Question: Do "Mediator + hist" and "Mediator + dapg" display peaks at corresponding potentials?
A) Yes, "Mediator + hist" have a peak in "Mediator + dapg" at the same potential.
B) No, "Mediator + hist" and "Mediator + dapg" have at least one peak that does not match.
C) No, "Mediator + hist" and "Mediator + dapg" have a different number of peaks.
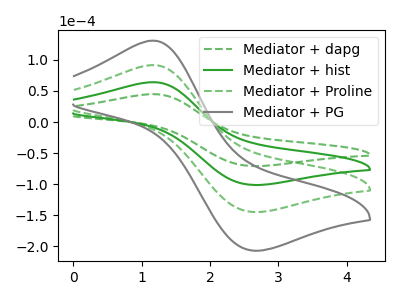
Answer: <think>The green dashed curve "Mediator + dapg" has an anodic peak at (1.15V, 44.85uA) and a cathodic peak at (2.60V, -70.90uA). The green curve "Mediator + hist" has an anodic peak at (1.15V, 64.15uA) and a cathodic peak at (2.60V, -101.35uA). The green dashed curve "Mediator + Proline" has an anodic peak at (1.15V, 128.25uA) and a cathodic peak at (2.60V, -202.70uA). The gray curve "Mediator + PG" has an anodic peak at (1.15V, 192.40uA) and a cathodic peak at (2.60V, -304.05uA).</think>
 <answer>A) Yes, "Mediator + hist" have a peak in "Mediator + dapg" at the same potential.</answer>
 <eval>A</eval>